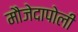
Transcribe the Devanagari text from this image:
मौजेदापोली